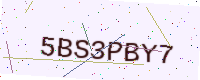
Text: 5BS3PBY7